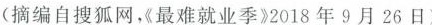
(摘编自搜狐网，《最难就业季》2018年9月26日)